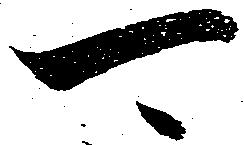
可